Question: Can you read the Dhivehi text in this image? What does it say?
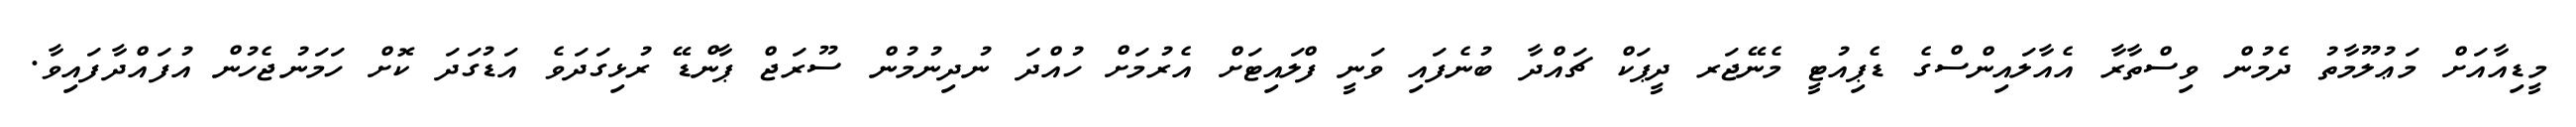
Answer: މީޑިއާއަށް މަޢުލޫމާތު ދެމުން ވިސްތާރާ އެއާލައިންސްގެ ޑެޕިއުޓީ މެނޭޖަރ ދީޕަކް ޗައްދާ ބުނެފައި ވަނީ ފްލައިޓަށް އެރުމަށް ހުއްދަ ނުދިނުމުން ސޫރަޖް ޕާންޑޭ ރުޅިގަދަވެ އަޑުގަދަ ކޮށް ހަމަނުޖެހުން އުފައްދާފައިވާ.